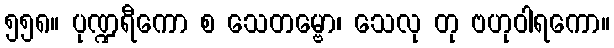
၅၅၈။ ပုဏ္ဍရီကော စ သေတမ္ဗော၊ သေလု တု ဗဟုဝါရကော။